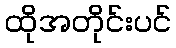
ထိုအတိုင်းပင်